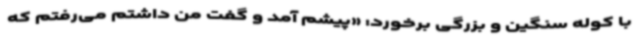
با کوله سنگین و بزرگی برخورد: «پیشم آمد و گفت من داشتم می‌رفتم که